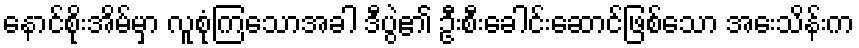
နောင်စိုးအိမ်မှာ လူစုံကြသောအခါ ဒီပွဲ၏ ဦးစီးခေါင်းဆောင်ဖြစ်သော အေးသိန်းက